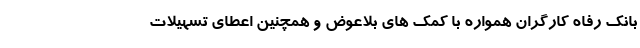
بانک رفاه کارگران همواره با کمک های بلاعوض و همچنین اعطای تسهیلات